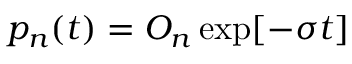
\begin{array} { r } { p _ { n } ( t ) = O _ { n } \exp [ - \sigma t ] } \end{array}